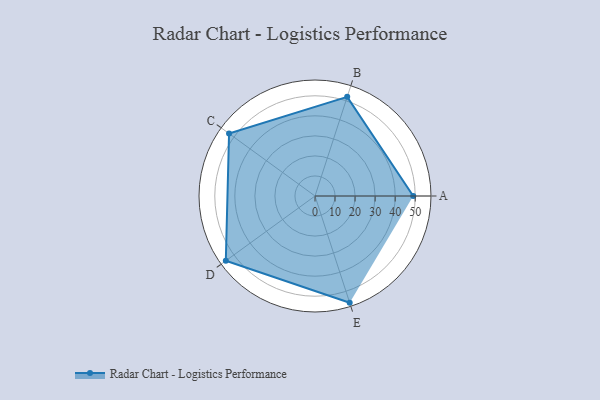
{"axis": {"x": "Skill", "y": "Score"}, "legend": ["Profile"], "data": [{"x": "A", "y": 49.0, "type": "Profile"}, {"x": "B", "y": 52.0, "type": "Profile"}, {"x": "C", "y": 53.0, "type": "Profile"}, {"x": "D", "y": 55.0, "type": "Profile"}, {"x": "E", "y": 56.0, "type": "Profile"}]}